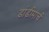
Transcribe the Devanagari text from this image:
डांडीमार्च